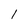
Character: 1